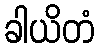
ခါယိတံ